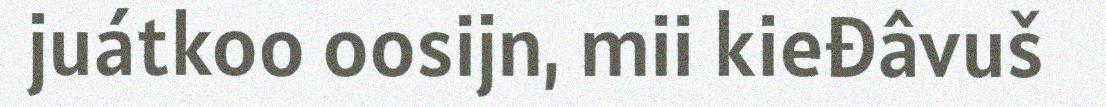
juátkoo oosijn, mii kieđâvuš